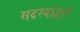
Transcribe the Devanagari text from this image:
सदस्यांद्वारे